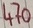
Text: 470